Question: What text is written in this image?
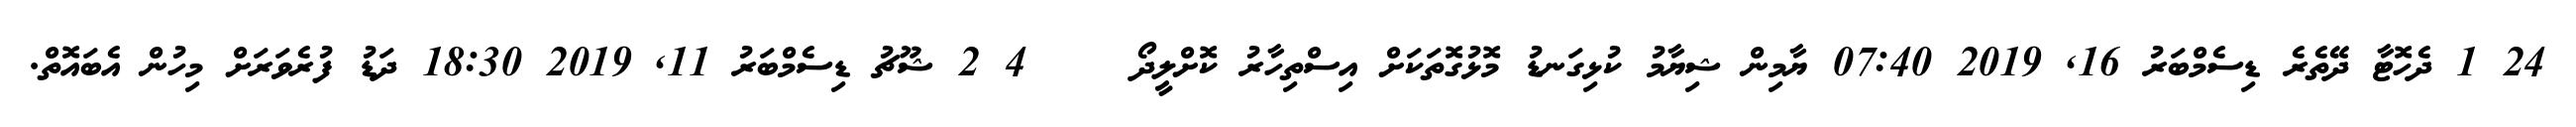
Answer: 24 1 ދެހޮޓާ ދޭތެރެ ޑިސެމްބަރު 16, 2019 07:40 ޔާމިން ޝިޔާމު ކުޅިގަނޑު މޮޅުގޮތަކަށް އިސްތިހާރު ކޮށްލީދޯ????? 4 2 ޝޫޗު ޑިސެމްބަރު 11, 2019 18:30 ދަޑު ފުރެވަރަށް މިހުން އެބައޮތް.